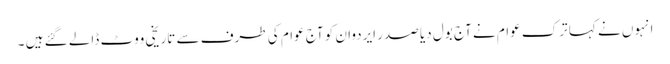
انہوں نے کہا ترک عوام نے آج بول دیا صدر ایردوان کو آج عوام کی طرف سے تاریخی ووٹ ڈالے گئے ہیں ۔